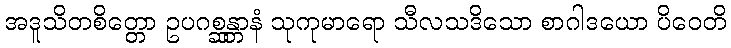
အဒူသိတစိတ္တော ဥပဂစ္ဆန္တာနံ သုကုမာရော သီလသဒိသော စာဂါဒယော ပိဝေတိ